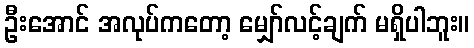
ဦးအောင် အလုပ်ကတော့ မျှော်လင့်ချက် မရှိပါဘူး။